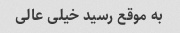
به موقع رسید خیلی عالی